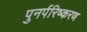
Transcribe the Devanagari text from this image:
पुनर्परिष्करण